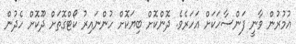
އުމުރުން ވާނީ ފަންސާހަކަށް އަހަރެވެ. ދޮންކޮށް ބިޔަކޮށް ހުންނައިރު ކޯޓްގޮތަށް ދޫކޮށް ހެދުން